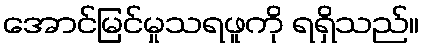
အောင်မြင်မှုသရဖူကို ရရှိသည်။